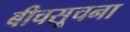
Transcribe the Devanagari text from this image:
बीचसूचना